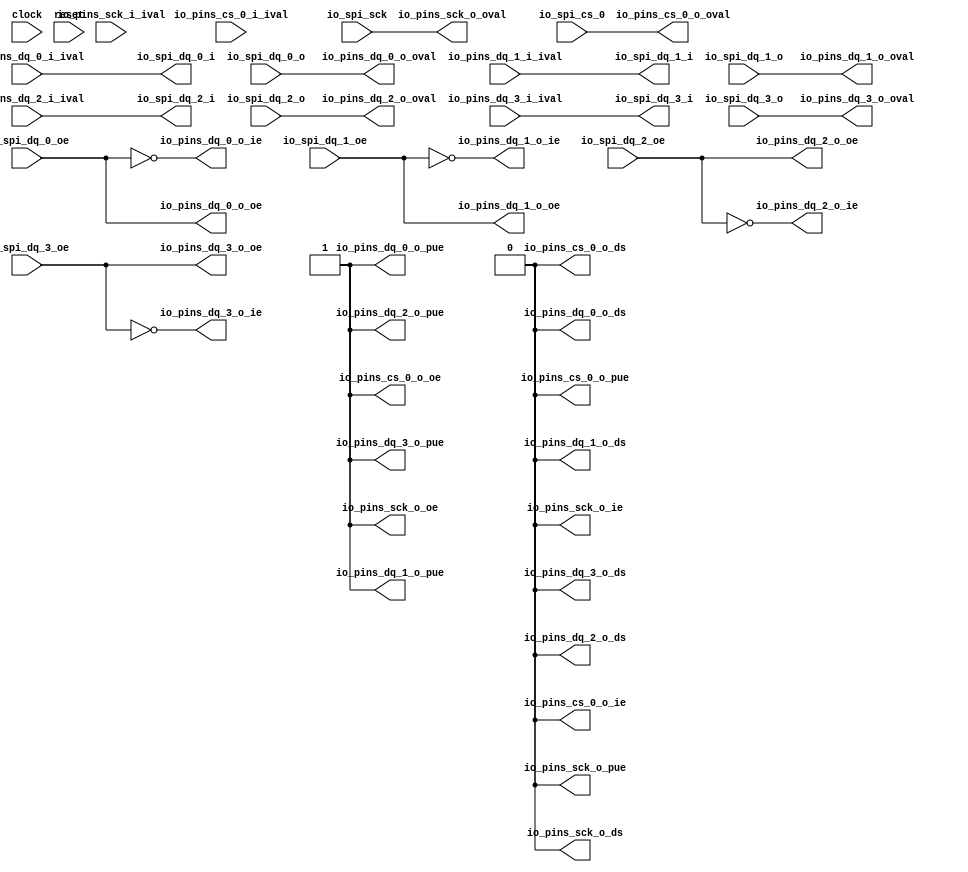
 /*                                                                      
 Copyright 2018 Nuclei System Technology, Inc.                
                                                                         
 Licensed under the Apache License, Version 2.0 (the "License");         
 you may not use this file except in compliance with the License.        
 You may obtain a copy of the License at                                 
                                                                         
     http://www.apache.org/licenses/LICENSE-2.0                          
                                                                         
  Unless required by applicable law or agreed to in writing, software    
 distributed under the License is distributed on an "AS IS" BASIS,       
 WITHOUT WARRANTIES OR CONDITIONS OF ANY KIND, either express or implied.
 See the License for the specific language governing permissions and     
 limitations under the License.                                          
 */                                                                      
                                                                         
                                                                         
                                                                         
module sirv_spigpioport_1(
  input   clock,
  input   reset,
  input   io_spi_sck,
  output  io_spi_dq_0_i,
  input   io_spi_dq_0_o,
  input   io_spi_dq_0_oe,
  output  io_spi_dq_1_i,
  input   io_spi_dq_1_o,
  input   io_spi_dq_1_oe,
  output  io_spi_dq_2_i,
  input   io_spi_dq_2_o,
  input   io_spi_dq_2_oe,
  output  io_spi_dq_3_i,
  input   io_spi_dq_3_o,
  input   io_spi_dq_3_oe,
  input   io_spi_cs_0,
  input   io_pins_sck_i_ival,
  output  io_pins_sck_o_oval,
  output  io_pins_sck_o_oe,
  output  io_pins_sck_o_ie,
  output  io_pins_sck_o_pue,
  output  io_pins_sck_o_ds,
  input   io_pins_dq_0_i_ival,
  output  io_pins_dq_0_o_oval,
  output  io_pins_dq_0_o_oe,
  output  io_pins_dq_0_o_ie,
  output  io_pins_dq_0_o_pue,
  output  io_pins_dq_0_o_ds,
  input   io_pins_dq_1_i_ival,
  output  io_pins_dq_1_o_oval,
  output  io_pins_dq_1_o_oe,
  output  io_pins_dq_1_o_ie,
  output  io_pins_dq_1_o_pue,
  output  io_pins_dq_1_o_ds,
  input   io_pins_dq_2_i_ival,
  output  io_pins_dq_2_o_oval,
  output  io_pins_dq_2_o_oe,
  output  io_pins_dq_2_o_ie,
  output  io_pins_dq_2_o_pue,
  output  io_pins_dq_2_o_ds,
  input   io_pins_dq_3_i_ival,
  output  io_pins_dq_3_o_oval,
  output  io_pins_dq_3_o_oe,
  output  io_pins_dq_3_o_ie,
  output  io_pins_dq_3_o_pue,
  output  io_pins_dq_3_o_ds,
  input   io_pins_cs_0_i_ival,
  output  io_pins_cs_0_o_oval,
  output  io_pins_cs_0_o_oe,
  output  io_pins_cs_0_o_ie,
  output  io_pins_cs_0_o_pue,
  output  io_pins_cs_0_o_ds
);
  wire  T_267;
  wire  T_270;
  wire  T_273;
  wire  T_276;
  assign io_spi_dq_0_i = io_pins_dq_0_i_ival;
  assign io_spi_dq_1_i = io_pins_dq_1_i_ival;
  assign io_spi_dq_2_i = io_pins_dq_2_i_ival;
  assign io_spi_dq_3_i = io_pins_dq_3_i_ival;
  assign io_pins_sck_o_oval = io_spi_sck;
  assign io_pins_sck_o_oe = 1'h1;
  assign io_pins_sck_o_ie = 1'h0;
  assign io_pins_sck_o_pue = 1'h0;
  assign io_pins_sck_o_ds = 1'h0;
  assign io_pins_dq_0_o_oval = io_spi_dq_0_o;
  assign io_pins_dq_0_o_oe = io_spi_dq_0_oe;
  assign io_pins_dq_0_o_ie = T_267;
  assign io_pins_dq_0_o_pue = 1'h1;
  assign io_pins_dq_0_o_ds = 1'h0;
  assign io_pins_dq_1_o_oval = io_spi_dq_1_o;
  assign io_pins_dq_1_o_oe = io_spi_dq_1_oe;
  assign io_pins_dq_1_o_ie = T_270;
  assign io_pins_dq_1_o_pue = 1'h1;
  assign io_pins_dq_1_o_ds = 1'h0;
  assign io_pins_dq_2_o_oval = io_spi_dq_2_o;
  assign io_pins_dq_2_o_oe = io_spi_dq_2_oe;
  assign io_pins_dq_2_o_ie = T_273;
  assign io_pins_dq_2_o_pue = 1'h1;
  assign io_pins_dq_2_o_ds = 1'h0;
  assign io_pins_dq_3_o_oval = io_spi_dq_3_o;
  assign io_pins_dq_3_o_oe = io_spi_dq_3_oe;
  assign io_pins_dq_3_o_ie = T_276;
  assign io_pins_dq_3_o_pue = 1'h1;
  assign io_pins_dq_3_o_ds = 1'h0;
  assign io_pins_cs_0_o_oval = io_spi_cs_0;
  assign io_pins_cs_0_o_oe = 1'h1;
  assign io_pins_cs_0_o_ie = 1'h0;
  assign io_pins_cs_0_o_pue = 1'h0;
  assign io_pins_cs_0_o_ds = 1'h0;
  assign T_267 = ~ io_spi_dq_0_oe;
  assign T_270 = ~ io_spi_dq_1_oe;
  assign T_273 = ~ io_spi_dq_2_oe;
  assign T_276 = ~ io_spi_dq_3_oe;
endmodule